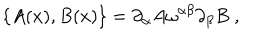
LaTeX: \{ A ( x ) , B ( x ) \} = \partial _ { \alpha } A \omega ^ { \alpha \beta } \partial _ { \beta } B \; ,